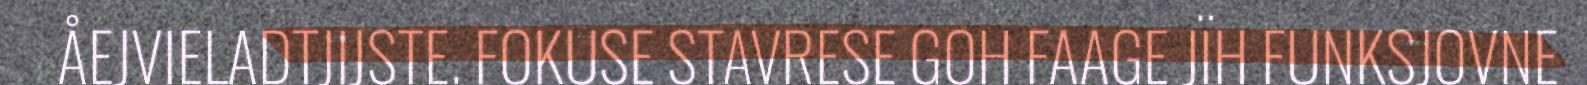
ÅEJVIELADTJIJSTE. FOKUSE STAVRESE GOH FAAGE JÏH FUNKSJOVNE